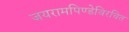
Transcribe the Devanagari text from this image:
जयरामपिण्डेविरचित